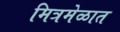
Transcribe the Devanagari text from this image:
मित्रमेळात